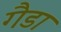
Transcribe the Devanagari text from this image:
गैडा